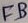
Text: FB